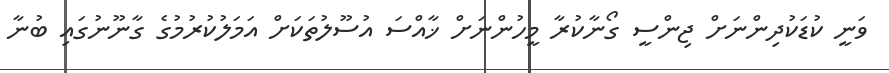
ވަނީ ކުޑަކުދިންނަށް ޖިންސީ ގޯނާކުރާ މީހުންނަށް ޚާއްސަ އުސޫލުތަކަށް އަމަލުކުރުމުގެ ގާނޫނުގައި ބުނާ